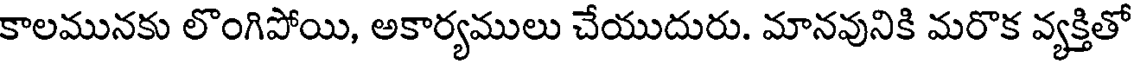
కాలమునకు లొంగిపోయి, అకార్యములు చేయుదురు. మానవునికి మరొక వ్యక్తితో